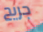
جريح